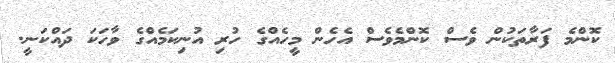
ކޮންމެ ފަރާތަކުން ވެސް ކޮންމެވެސް އެހެން މީހެއްގެ ހުރި އުނިކަމެއްގެ ވާހަކަ ދައްކަނީ.